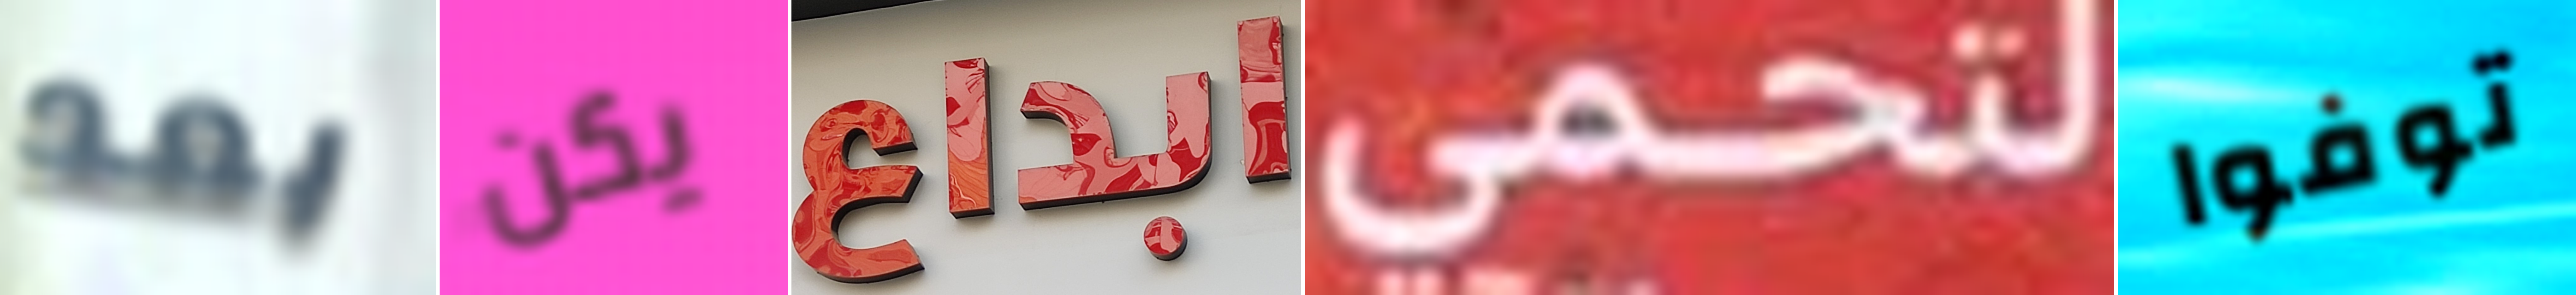
بعد يكن ابداع لتحمي توفوا